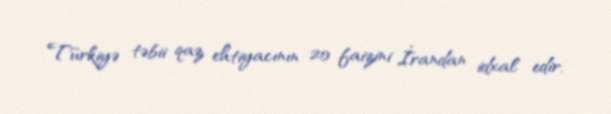
Türkiyə təbii qaz ehtiyacının 20 faizini İrandan idxal edir.